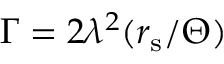
\Gamma = 2 \lambda ^ { 2 } ( r _ { \mathrm { s } } / \Theta )